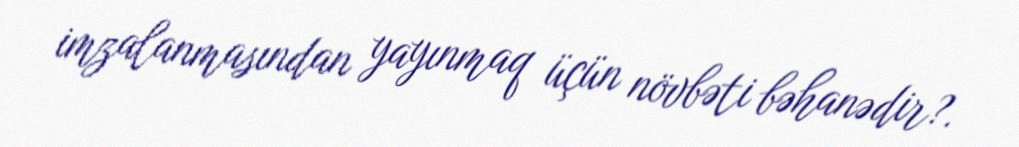
imzalanmasından yayınmaq üçün növbəti bəhanədir?.